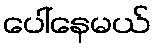
ပေါ်နေမယ်